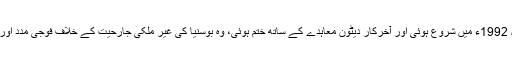
بوسنیا میں جنگ کے دوران، جو اپریل 1992ء میں شروع ہوئی اور آخرکار دیٹون معاہدے کے ساتھ ختم ہوئی، وہ بوسنیا کی غیر ملکی جارحیت کے خلاف فوجی مدد اور دفاع کے سب سے نمایاں وکیل رہے۔